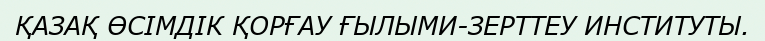
ҚАЗАҚ ӨСІМДІК ҚОРҒАУ ҒЫЛЫМИ-ЗЕРТТЕУ ИНСТИТУТЫ.